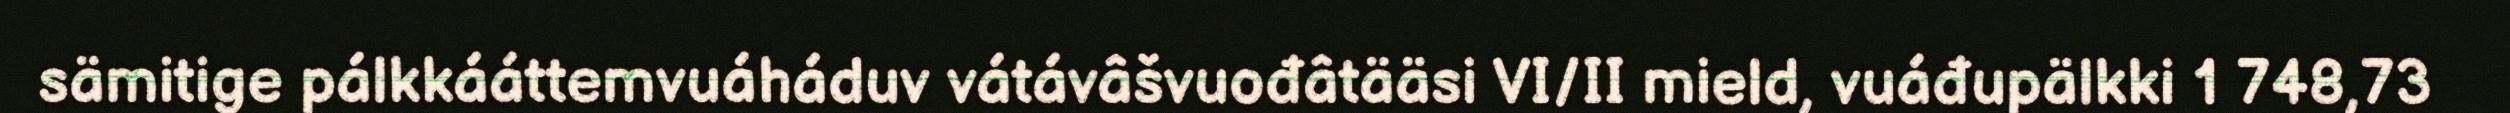
sämitige pálkkááttemvuáháduv vátávâšvuođâtääsi VI/II mield, vuáđupälkki 1 748,73